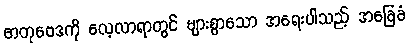
ဓာတုဗေဒကို လေ့လာရာတွင် များစွာသော အရေးပါသည့် အခြေခံ